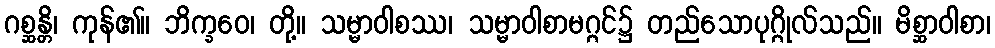
ဂစ္ဆန္တိ၊ ကုန်၏။ ဘိက္ခဝေ၊ တို့။ သမ္မာဝါစဿ၊ သမ္မာဝါစာမဂ္ဂင်၌ တည်သောပုဂ္ဂိုလ်သည်။ မိစ္ဆာဝါစာ၊